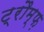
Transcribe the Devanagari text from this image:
ट्रौम्फ़